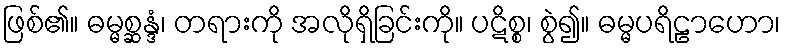
ဖြစ်၏။ ဓမ္မစ္ဆန္ဒံ၊ တရားကို အလိုရှိခြင်းကို။ ပဋိစ္စ၊ စွဲ၍။ ဓမ္မပရိဠာဟော၊